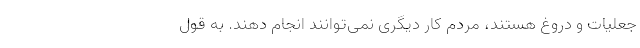
جعلیات و دروغ هستند، مردم کار دیگری نمی‌توانند انجام دهند. به قول